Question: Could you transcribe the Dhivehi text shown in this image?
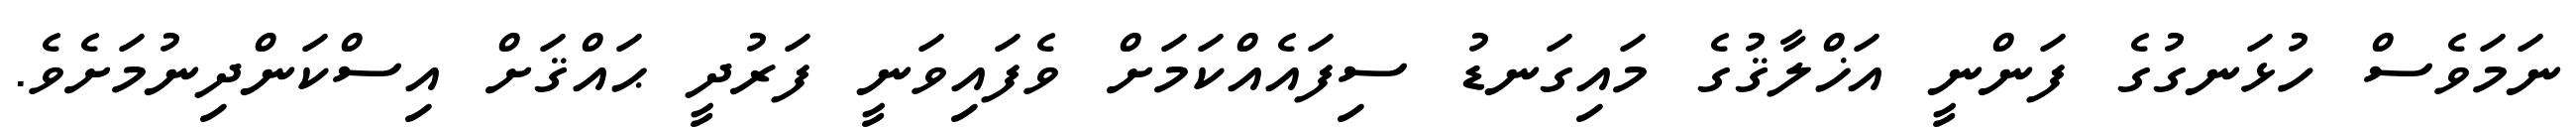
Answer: ނަމަވެސް ހުޅަނގުގެ ފަންނީ އަޚްލާޤުގެ މައިގަނޑު ސިފައެއްކަމަށް ވެފައިވަނީ ފަރުދީ ޙައްޤަށް އިސްކަންދިނުމަށެވެ.